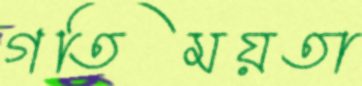
গতিময়তা